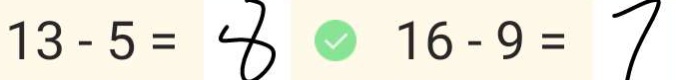
1 3 - 5 = 8 \textcircled { √ } 1 6 - 9 = 7